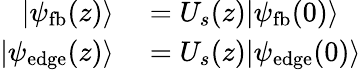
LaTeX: \begin{array}{rl}{|\psi_{\mathrm{fb}}(z)\rangle}&{{}=U_{s}(z)|\psi_{\mathrm{fb}}(0)\rangle}\\ {|\psi_{\mathrm{edge}}(z)\rangle}&{{}=U_{s}(z)|\psi_{\mathrm{edge}}(0)\rangle}\end{array}